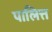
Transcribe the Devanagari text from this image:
पालित्त